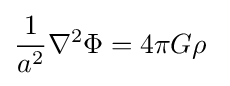
{\frac {1}{a^{2}}}\nabla ^{2}\Phi =4\pi G\rho ~